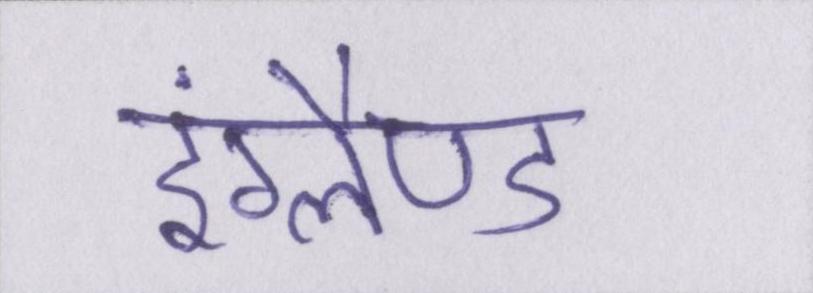
इंग्लैण्ड